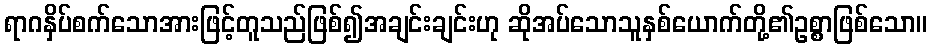
ရာဂနှိပ်စက်သောအားဖြင့်တူသည်ဖြစ်၍အချင်းချင်းဟု ဆိုအပ်သောသူနှစ်ယောက်တို့၏ဥစ္စာဖြစ်သော။